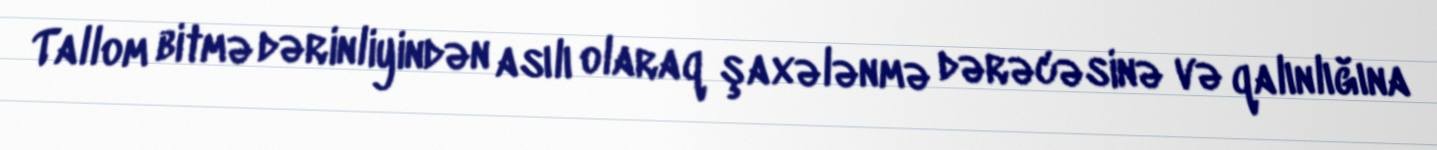
Tallom bitmə dərinliyindən asılı olaraq şaxələnmə dərəcəsinə və qalınlığına